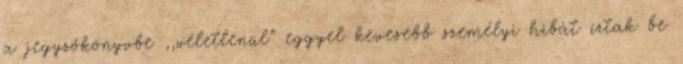
a jegyzőkönyvbe ,,véletlenül” eggyel kevesebb személyi hibát írtak be